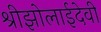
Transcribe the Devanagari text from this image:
श्रीझोलाईदेवी